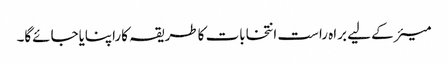
میئرکے لیے براہ راست انتخابات کاطریقہ کاراپنایاجائےگا۔